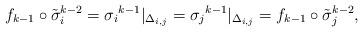
LaTeX: \begin{align*}f_{k-1} \circ \tilde\sigma_i^{k-2}={\sigma_i}^{k-1}|_{\Delta_{i,j}}={\sigma_j}^{k-1}|_{\Delta_{i,j}}=f_{k-1} \circ \tilde\sigma_j^{k-2},\end{align*}